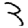
Digit: 3